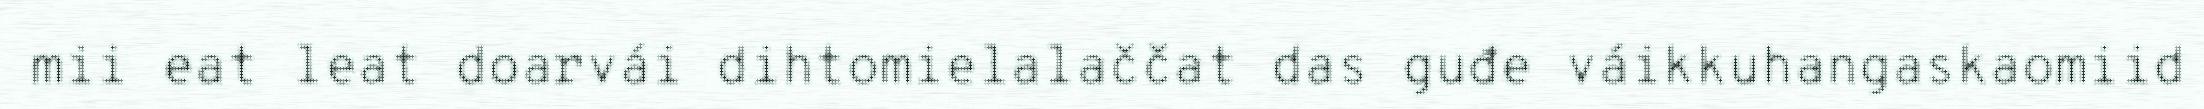
mii eat leat doarvái dihtomielalaččat das guđe váikkuhangaskaomiid